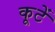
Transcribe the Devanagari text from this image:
कूटें